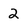
Character: 2